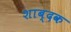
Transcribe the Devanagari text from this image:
शाब्दक